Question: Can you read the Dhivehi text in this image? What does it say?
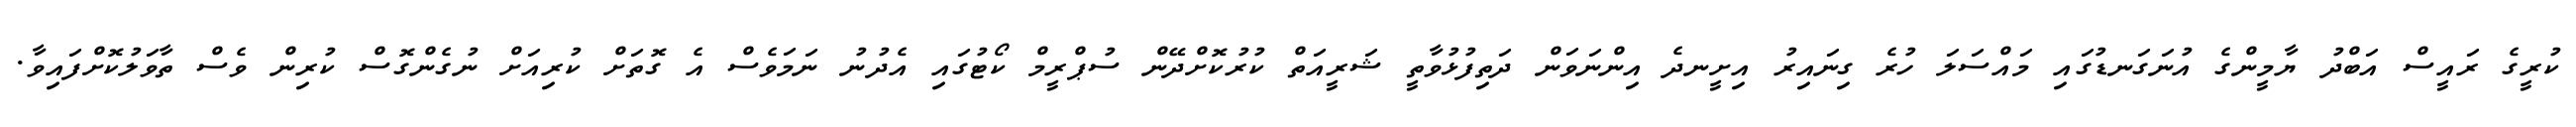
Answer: ކުރީގެ ރައީސް އަބްދު ޔާމީންގެ އުނަގަނޑުގައި މައްސަލަ ހުރެ ގިނައިރު އިށީނދެ އިންނަވަން ދަތިފުޅުވާތީ ޝަރީއަތް ކުރުކޮށްދޭން ސުޕްރީމް ކޯޓުގައި އެދުނު ނަމަވެސް އެ ގޮތަށް ކުރިއަށް ނުގެންގޮސް ކުރިން ވެސް ތާވަލުކޮށްފައިވާ.